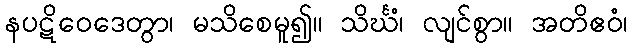
နပဋိဝေဒေတွာ၊ မသိစေမူ၍။ သိင်္ဃံ၊ လျင်စွာ။ အတိဧဝံ၊